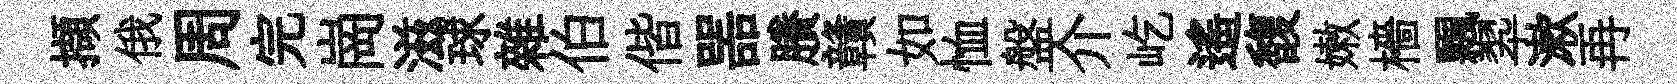
擷俄周完崗滋球雜伯偕噐賸贛如恤盤介屹遙馥嫩檣飄翆漱再